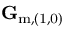
\mathbf { G } _ { \mathrm { m , ( 1 , 0 ) } }